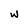
Character: w